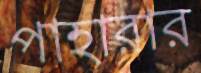
পাহারার